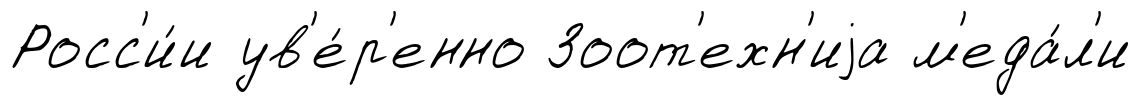
Росс'и́и ув'е́р'енно Зоот'ехн'иjа м'еда́л'и